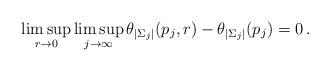
LaTeX: \begin{align*} \limsup_{r\to 0} \limsup_{j\to \infty} \theta_{|\Sigma_j|}(p_j, r) - \theta_{|\Sigma_j|}(p_j) = 0\,. \end{align*}